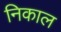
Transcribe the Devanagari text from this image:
निकाल